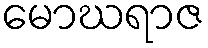
မောဃရာဇ